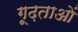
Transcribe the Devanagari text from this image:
गूढ़ताओं